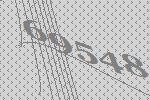
69548